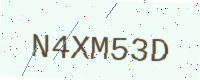
Text: N4XM53D